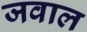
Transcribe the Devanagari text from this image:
जवाल